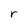
Character: r